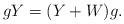
LaTeX: \begin{align*} gY = (Y+W)g.\end{align*}